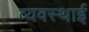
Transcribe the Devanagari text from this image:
व्यवस्थाई